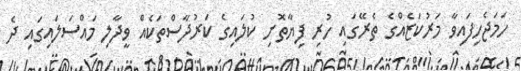
ހަމަޖެހިފައިވާ މަރުކަޒެއްގެ ތެރޭގައި ހުރި ފިޔާތޮށި ކުލައިގެ ކަރުދާސްތަކެއް ވީދާލި މައްސަލައިގައި ދެ